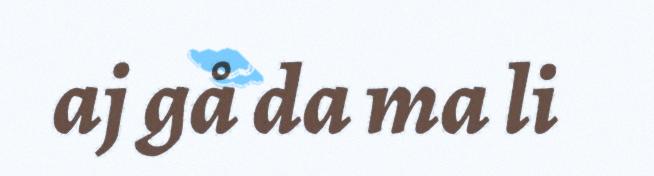
aj gå da ma li